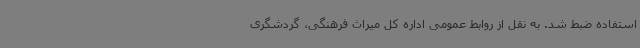
استفاده ضبط شد. به نقل از روابط عمومی اداره کل میراث فرهنگی، گردشگری